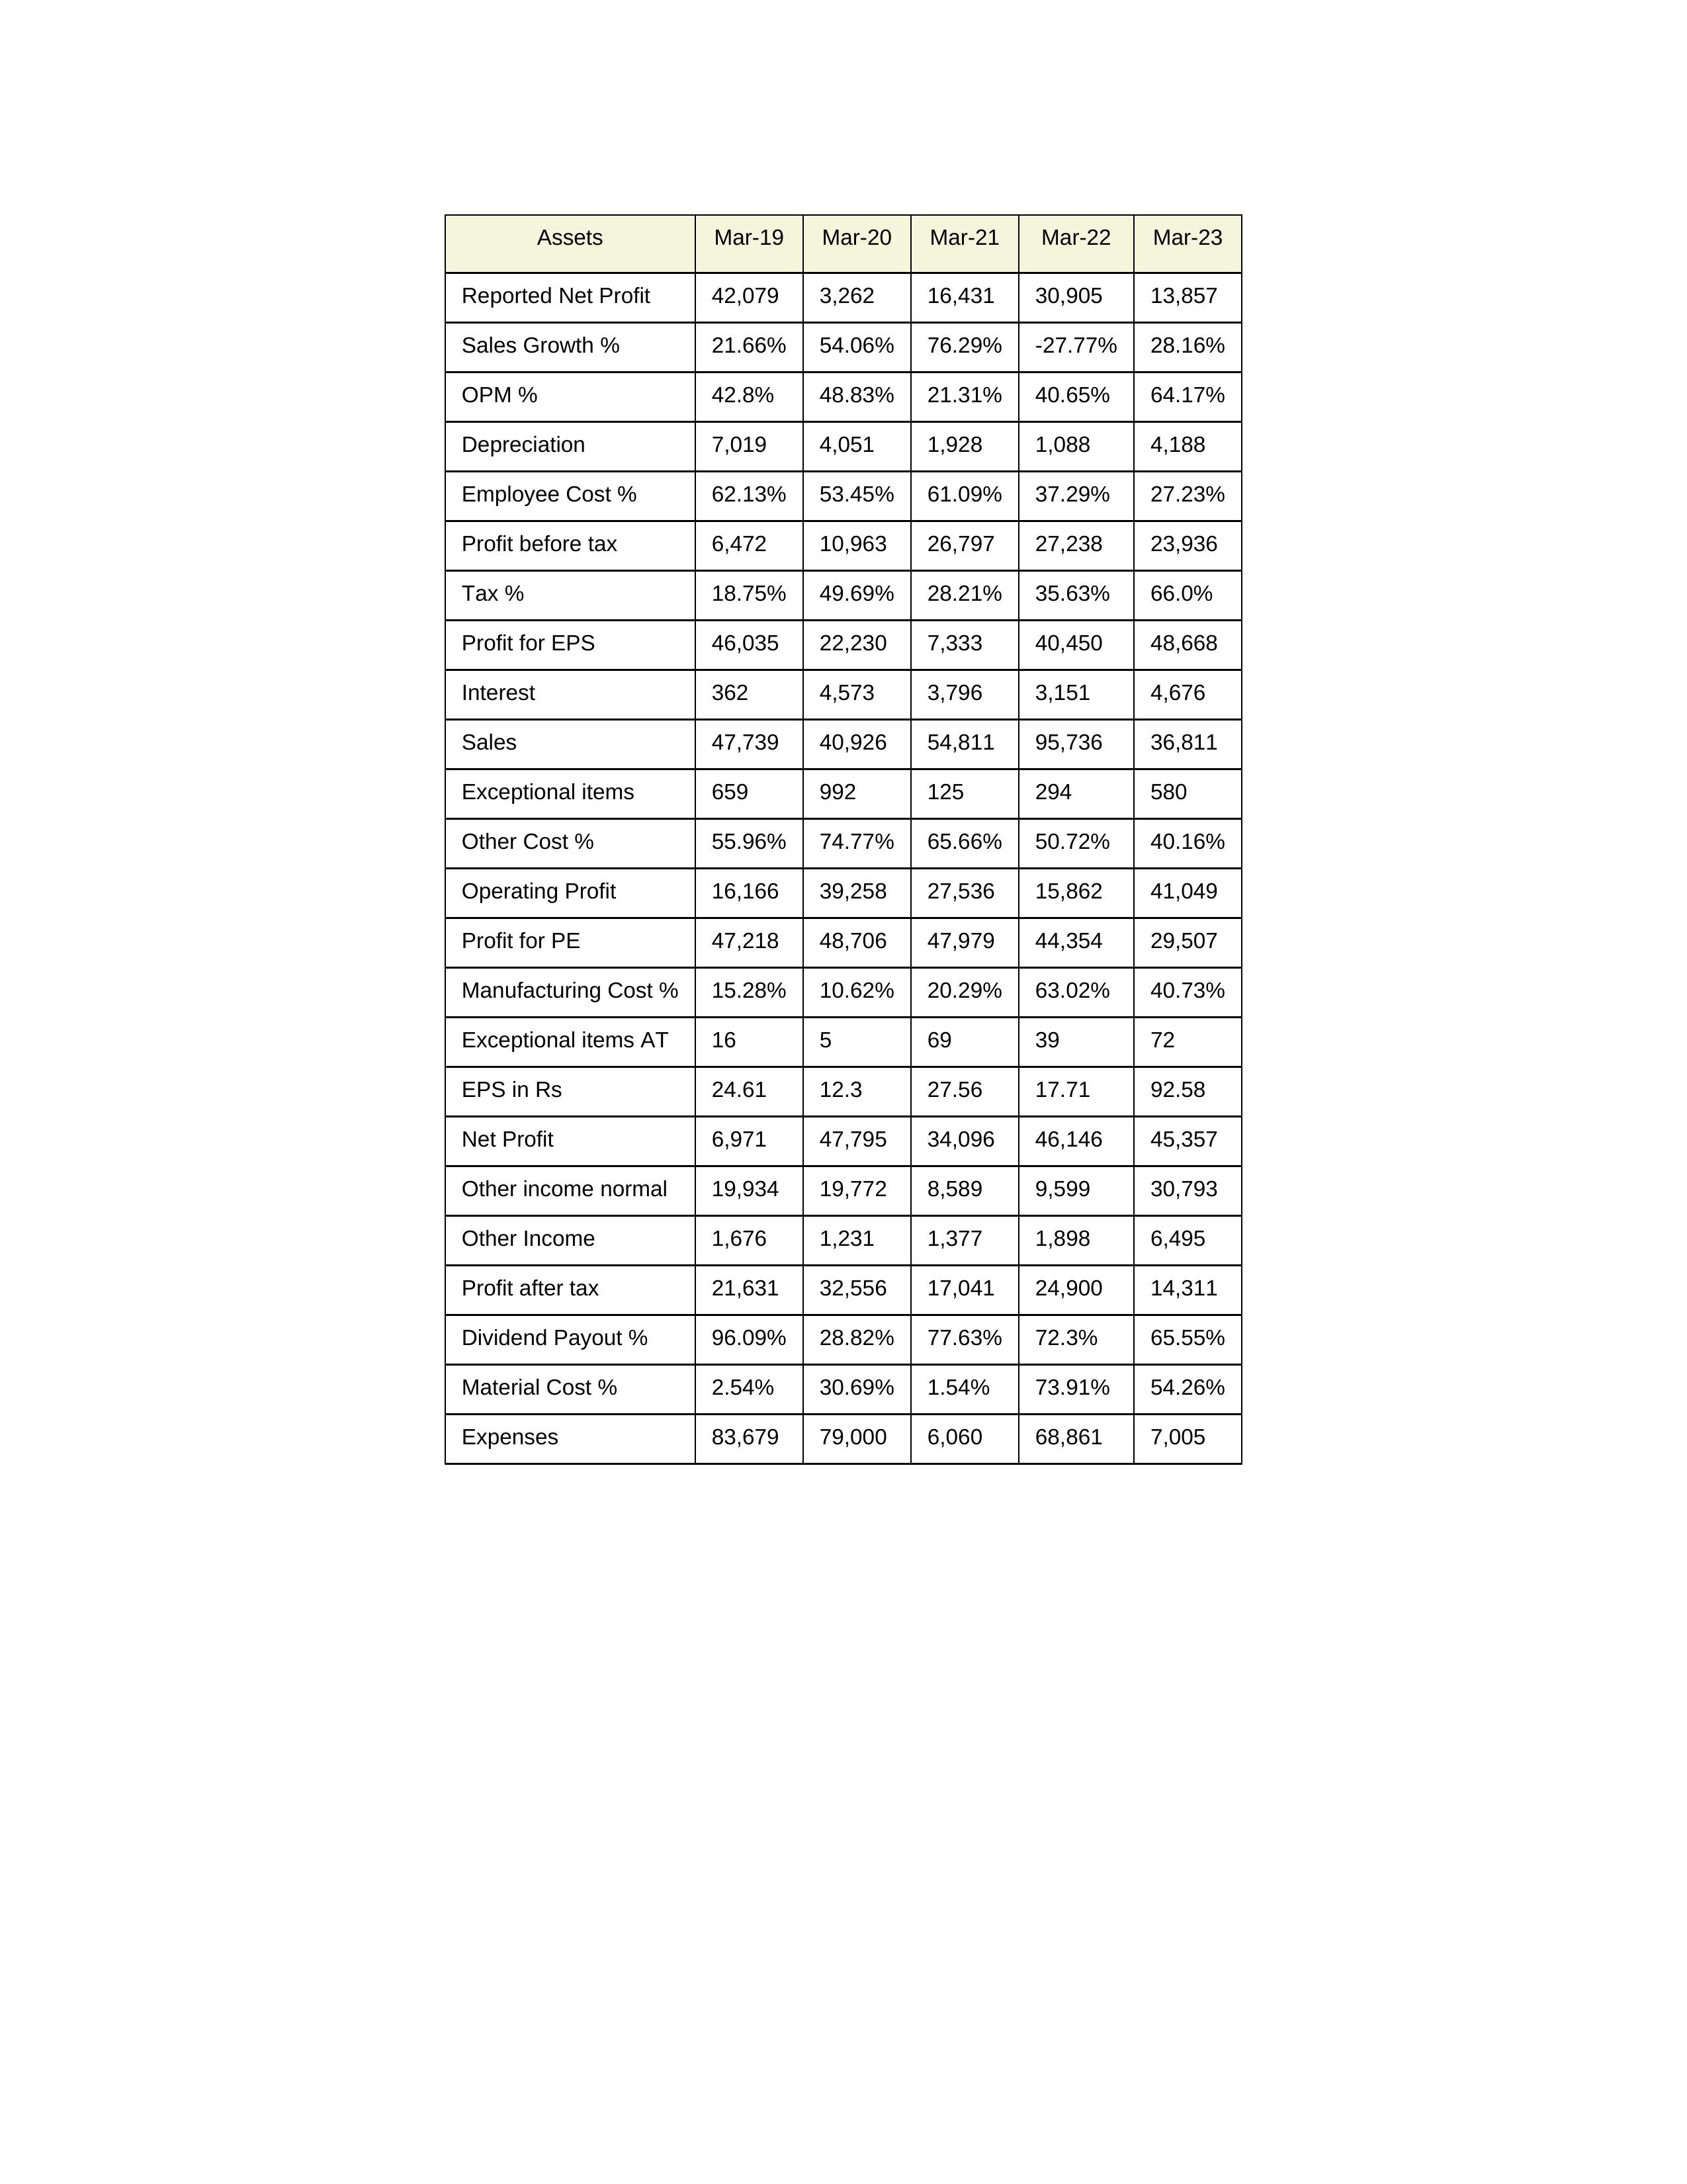
gt_parse: Mar-19: Sales: 47,739
Sales Growth %: 21.66%
Expenses: 83,679
Material Cost %: 2.54%
Manufacturing Cost %: 15.28%
Employee Cost %: 62.13%
Other Cost %: 55.96%
Operating Profit: 16,166
OPM %: 42.8%
Other Income: 1,676
Exceptional items: 659
Other income normal: 19,934
Interest: 362
Depreciation: 7,019
Profit before tax: 6,472
Tax %: 18.75%
Net Profit: 6,971
Profit after tax: 21,631
Reported Net Profit: 42,079
Profit for EPS: 46,035
Exceptional items AT: 16
Profit for PE: 47,218
EPS in Rs: 24.61
Dividend Payout %: 96.09%
Mar-20: Sales: 40,926
Sales Growth %: 54.06%
Expenses: 79,000
Material Cost %: 30.69%
Manufacturing Cost %: 10.62%
Employee Cost %: 53.45%
Other Cost %: 74.77%
Operating Profit: 39,258
OPM %: 48.83%
Other Income: 1,231
Exceptional items: 992
Other income normal: 19,772
Interest: 4,573
Depreciation: 4,051
Profit before tax: 10,963
Tax %: 49.69%
Net Profit: 47,795
Profit after tax: 32,556
Reported Net Profit: 3,262
Profit for EPS: 22,230
Exceptional items AT: 5
Profit for PE: 48,706
EPS in Rs: 12.3
Dividend Payout %: 28.82%
Mar-21: Sales: 54,811
Sales Growth %: 76.29%
Expenses: 6,060
Material Cost %: 1.54%
Manufacturing Cost %: 20.29%
Employee Cost %: 61.09%
Other Cost %: 65.66%
Operating Profit: 27,536
OPM %: 21.31%
Other Income: 1,377
Exceptional items: 125
Other income normal: 8,589
Interest: 3,796
Depreciation: 1,928
Profit before tax: 26,797
Tax %: 28.21%
Net Profit: 34,096
Profit after tax: 17,041
Reported Net Profit: 16,431
Profit for EPS: 7,333
Exceptional items AT: 69
Profit for PE: 47,979
EPS in Rs: 27.56
Dividend Payout %: 77.63%
Mar-22: Sales: 95,736
Sales Growth %: -27.77%
Expenses: 68,861
Material Cost %: 73.91%
Manufacturing Cost %: 63.02%
Employee Cost %: 37.29%
Other Cost %: 50.72%
Operating Profit: 15,862
OPM %: 40.65%
Other Income: 1,898
Exceptional items: 294
Other income normal: 9,599
Interest: 3,151
Depreciation: 1,088
Profit before tax: 27,238
Tax %: 35.63%
Net Profit: 46,146
Profit after tax: 24,900
Reported Net Profit: 30,905
Profit for EPS: 40,450
Exceptional items AT: 39
Profit for PE: 44,354
EPS in Rs: 17.71
Dividend Payout %: 72.3%
Mar-23: Sales: 36,811
Sales Growth %: 28.16%
Expenses: 7,005
Material Cost %: 54.26%
Manufacturing Cost %: 40.73%
Employee Cost %: 27.23%
Other Cost %: 40.16%
Operating Profit: 41,049
OPM %: 64.17%
Other Income: 6,495
Exceptional items: 580
Other income normal: 30,793
Interest: 4,676
Depreciation: 4,188
Profit before tax: 23,936
Tax %: 66.0%
Net Profit: 45,357
Profit after tax: 14,311
Reported Net Profit: 13,857
Profit for EPS: 48,668
Exceptional items AT: 72
Profit for PE: 29,507
EPS in Rs: 92.58
Dividend Payout %: 65.55%